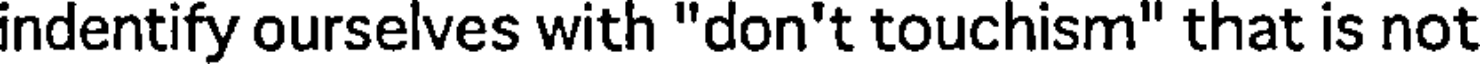
indentify ourselves with "don't touchism" that is not